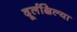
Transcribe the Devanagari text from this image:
दूर्लक्षिल्या